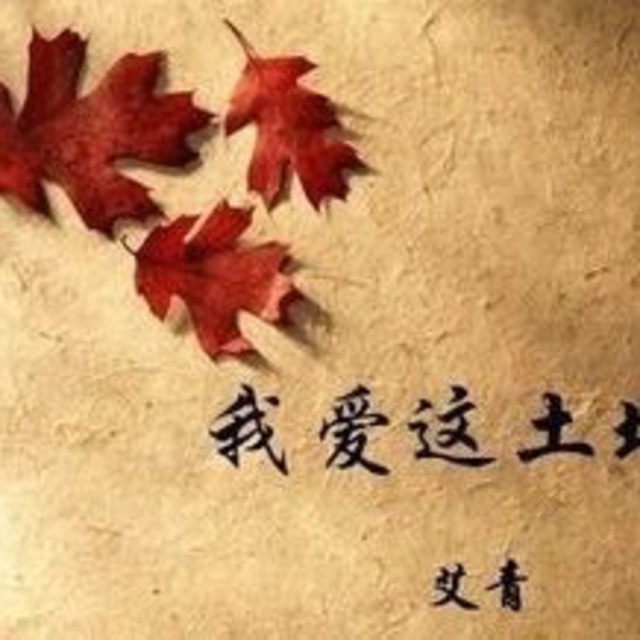
鸟声有悲欢，我爱口流血。